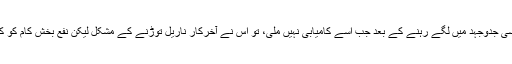
کئی برسوں تک اسی جدوجہد میں لگے رہنے کے بعد جب اسے کامیابی نہیں ملی، تو اس نے آخرکار ناریل توڑنے کے مشکل لیکن نفع بخش کام کو کرنا شروع کر دیا۔